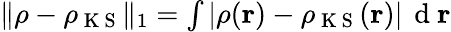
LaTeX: \begin{array}{r}{\| \rho-\rho_{\mathrm{~K~S~}}\| _{1}=\int|\rho(\mathbf{r})-\rho_{\mathrm{~K~S~}}(\mathbf{r})|\, \mathrm{~d~}\mathbf{r}}\end{array}